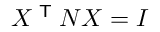
X ^ { \textsf { T } } N X = I